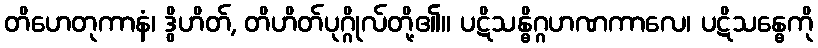
တိဟေတုကာနံ၊ ဒွိဟိတ်, တိဟိတ်ပုဂ္ဂိုလ်တို့၏။ ပဋိသန္ဓိဂ္ဂဟဏကာလေ၊ ပဋိသန္ဓေကို